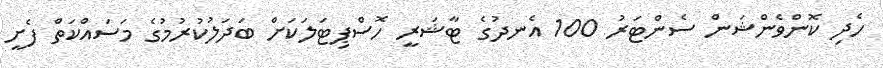
ހެދި ކޮންވެންޝަން ސެންޓަރު 100 އެނދުގެ ޓާޝަރީ ހޮސްޕިޓަލަކަށް ބަދަލުކުރުމުގެ މަސައްކަތް ފެށީ